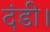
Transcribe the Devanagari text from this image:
दंडी।